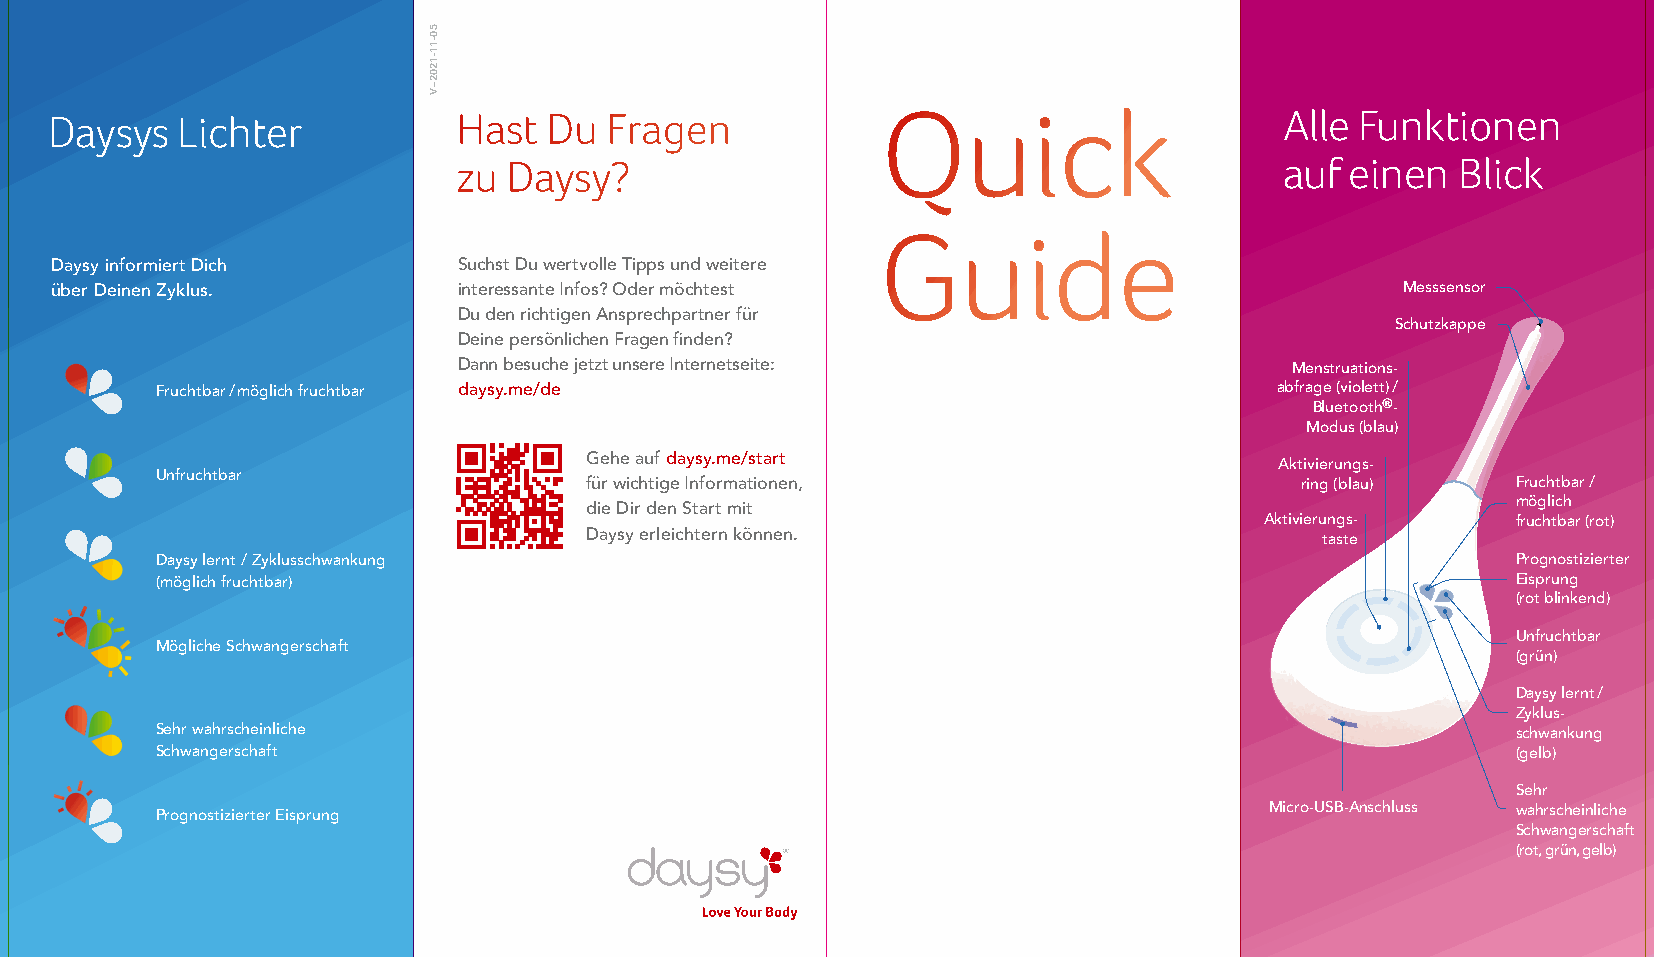
Daysys   Lichter           Hast  Du  Fragen            Quick                      Alle Funktionen
 zu  Daysy?                                             auf einen   Blick
 Guide
 Daysy informiert Dich      Suchst Du wertvolle Tipps und weitere
 über Deinen Zyklus.        interessante Infos? Oder möchtest                              Messsensor
 Du den richtigen Ansprechpartner für
 Schutzkappe
 Deine persönlichen Fragen finden?
 Dann besuche jetzt unsere Internetseite:                Menstruations­
 Fruchtbar / möglich fruchtbar daysy.me/de                                  abfrage (violett)/
 Bluetooth®­
 Modus (blau)
 Gehe auf daysy.me/start                       Aktivierungs­
 Unfruchtbar                  für wichtige Informationen,                    ring (blau)   Fruchtbar /
 möglich
 die Dir den Start mit
 Aktivierungs­   fruchtbar (rot)
 Daysy erleichtern können.                        taste
 Daysy lernt / Zyklusschwankung                                                            Prognostizierter
 (möglich fruchtbar)                                                                       Eisprung
 (rot blinkend)
 Unfruchtbar
 Mögliche Schwangerschaft
 (grün)
 Daysy lernt /
 Zyklus­
 Sehr wahrscheinliche                                                                      schwankung
 Schwangerschaft                                                                           (gelb)
 Sehr
 Prognostizierter Eisprung                                                 Micro­USB­Anschluss wahrscheinliche
 Schwangerschaft
 (rot, grün, gelb)
 50-11-1202–V